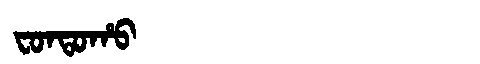
Manchu: ᠸᠣᠨᡨᠣᡥᠣ
Romanization: FONTOHO